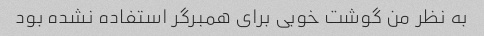
به نظر من گوشت خوبی برای همبرگر استفاده نشده بود